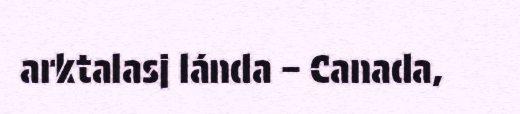
arktalasj lánda – Canada,